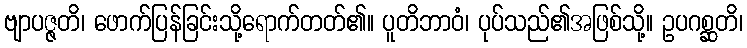
ဗျာပဇ္ဇတိ၊ ဖောက်ပြန်ခြင်းသို့ရောက်တတ်၏။ ပူတိဘာဝံ၊ ပုပ်သည်၏အဖြစ်သို့။ ဥပဂစ္ဆတိ၊